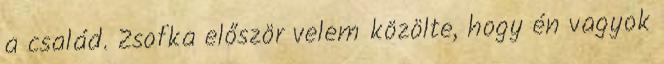
a család. Zsofka először velem közölte, hogy én vagyok